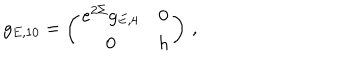
LaTeX: g _ { E , 1 0 } = \left( \begin{array} { c c } { { e ^ { 2 \Sigma } g _ { E , 4 } } } & { { 0 } } \\ { { 0 } } & { { h } } \\ \end{array} \right) \, ,